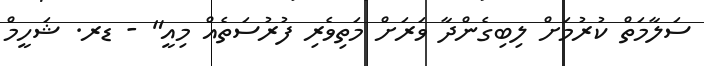
ސަލާމަތް ކުރުމަށް ލިބިގެންދާ ވަރަށް މަތިވެރި ފުރުސަތެއް މިއީ" - ޑރ. ޝަހީމް